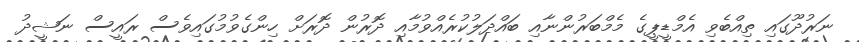
ނަރުދޫގައި ތިއްބެވި އެމްޑީޕީގެ މެމްބަރުންނާއި ބައްދަލުކުރެއްވުމާއި ދޮރުން ދޮރަށް ހިންގެވުމުގައިވެސް ރައީސް ނަޝީދު